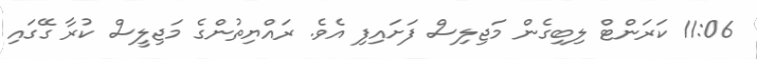
11:06 ކަރަންޓް ލިބިގެން މަޖިލިސް ފަށައިފި އެވެ. ރައްޔިތުންގެ މަޖިލީސް ކުރާ ގޭގައި